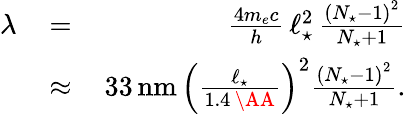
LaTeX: \begin{array}{rlr}{\lambda\, }&{=}&{\, \frac{4m_{e}c}{h}\, \ell_{\star}^{2}\, \frac{\left(N_{\star}-1\right)^{2}}{N_{\star}+1}}\\ &{\approx}&{\, 33\, \mathrm{nm}\, \left(\frac{\ell_{\star}}{1.4\, \AA}\right)^{2}\frac{\left(N_{\star}-1\right)^{2}}{N_{\star}+1}.}\end{array}